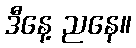
ဒီနေ့ ညနေ။